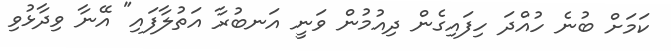
ކަމަށް ބުނެ ހުއްދަ ހިފައިގެން ދިއުމުން ވަނީ އަނބުރާ އަތުލާފައި" އޭނާ ވިދާޅުވި